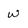
Character: w